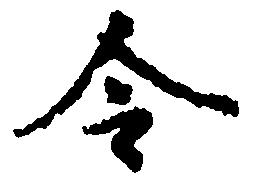
令